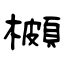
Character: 櫇